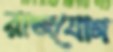
রাজযোগ